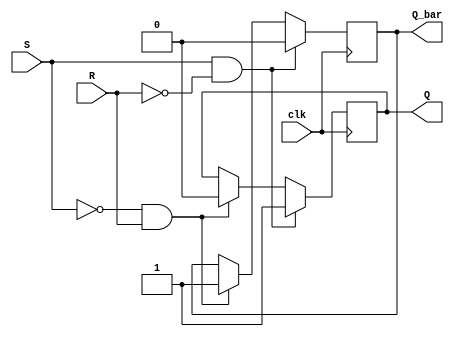
module SR_FF (
    input wire S,
    input wire R,
    input wire clk,
    output reg Q,
    output reg Q_bar
);

always @(posedge clk) begin
    if (S && !R) begin
        Q <= 1;
        Q_bar <= 0;
    end else if (!S && R) begin
        Q <= 0;
        Q_bar <= 1;
    end
end

endmodule